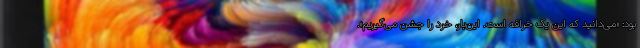
بود: «می‌دانید که این یک خرافه است. این‌بار، خرد را جشن می‌گیریم».